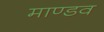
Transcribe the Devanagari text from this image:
माण्डव